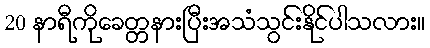
20 နာရီကိုခေတ္တနားပြီးအသံသွင်းနိုင်ပါသလား။